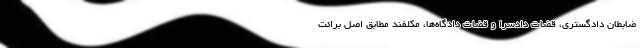
ضابطان دادگستری، قضات دادسرا و قضات دادگاه‌ها، مکلفند مطابق اصل برائت